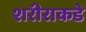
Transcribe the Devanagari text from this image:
शरीराकडे